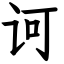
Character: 诃